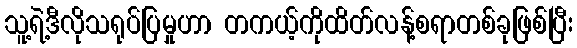
သူ့ရဲ့ဒီလိုသရုပ်ပြမှုဟာ တကယ့်ကိုထိတ်လန့်စရာတစ်ခုဖြစ်ပြီး